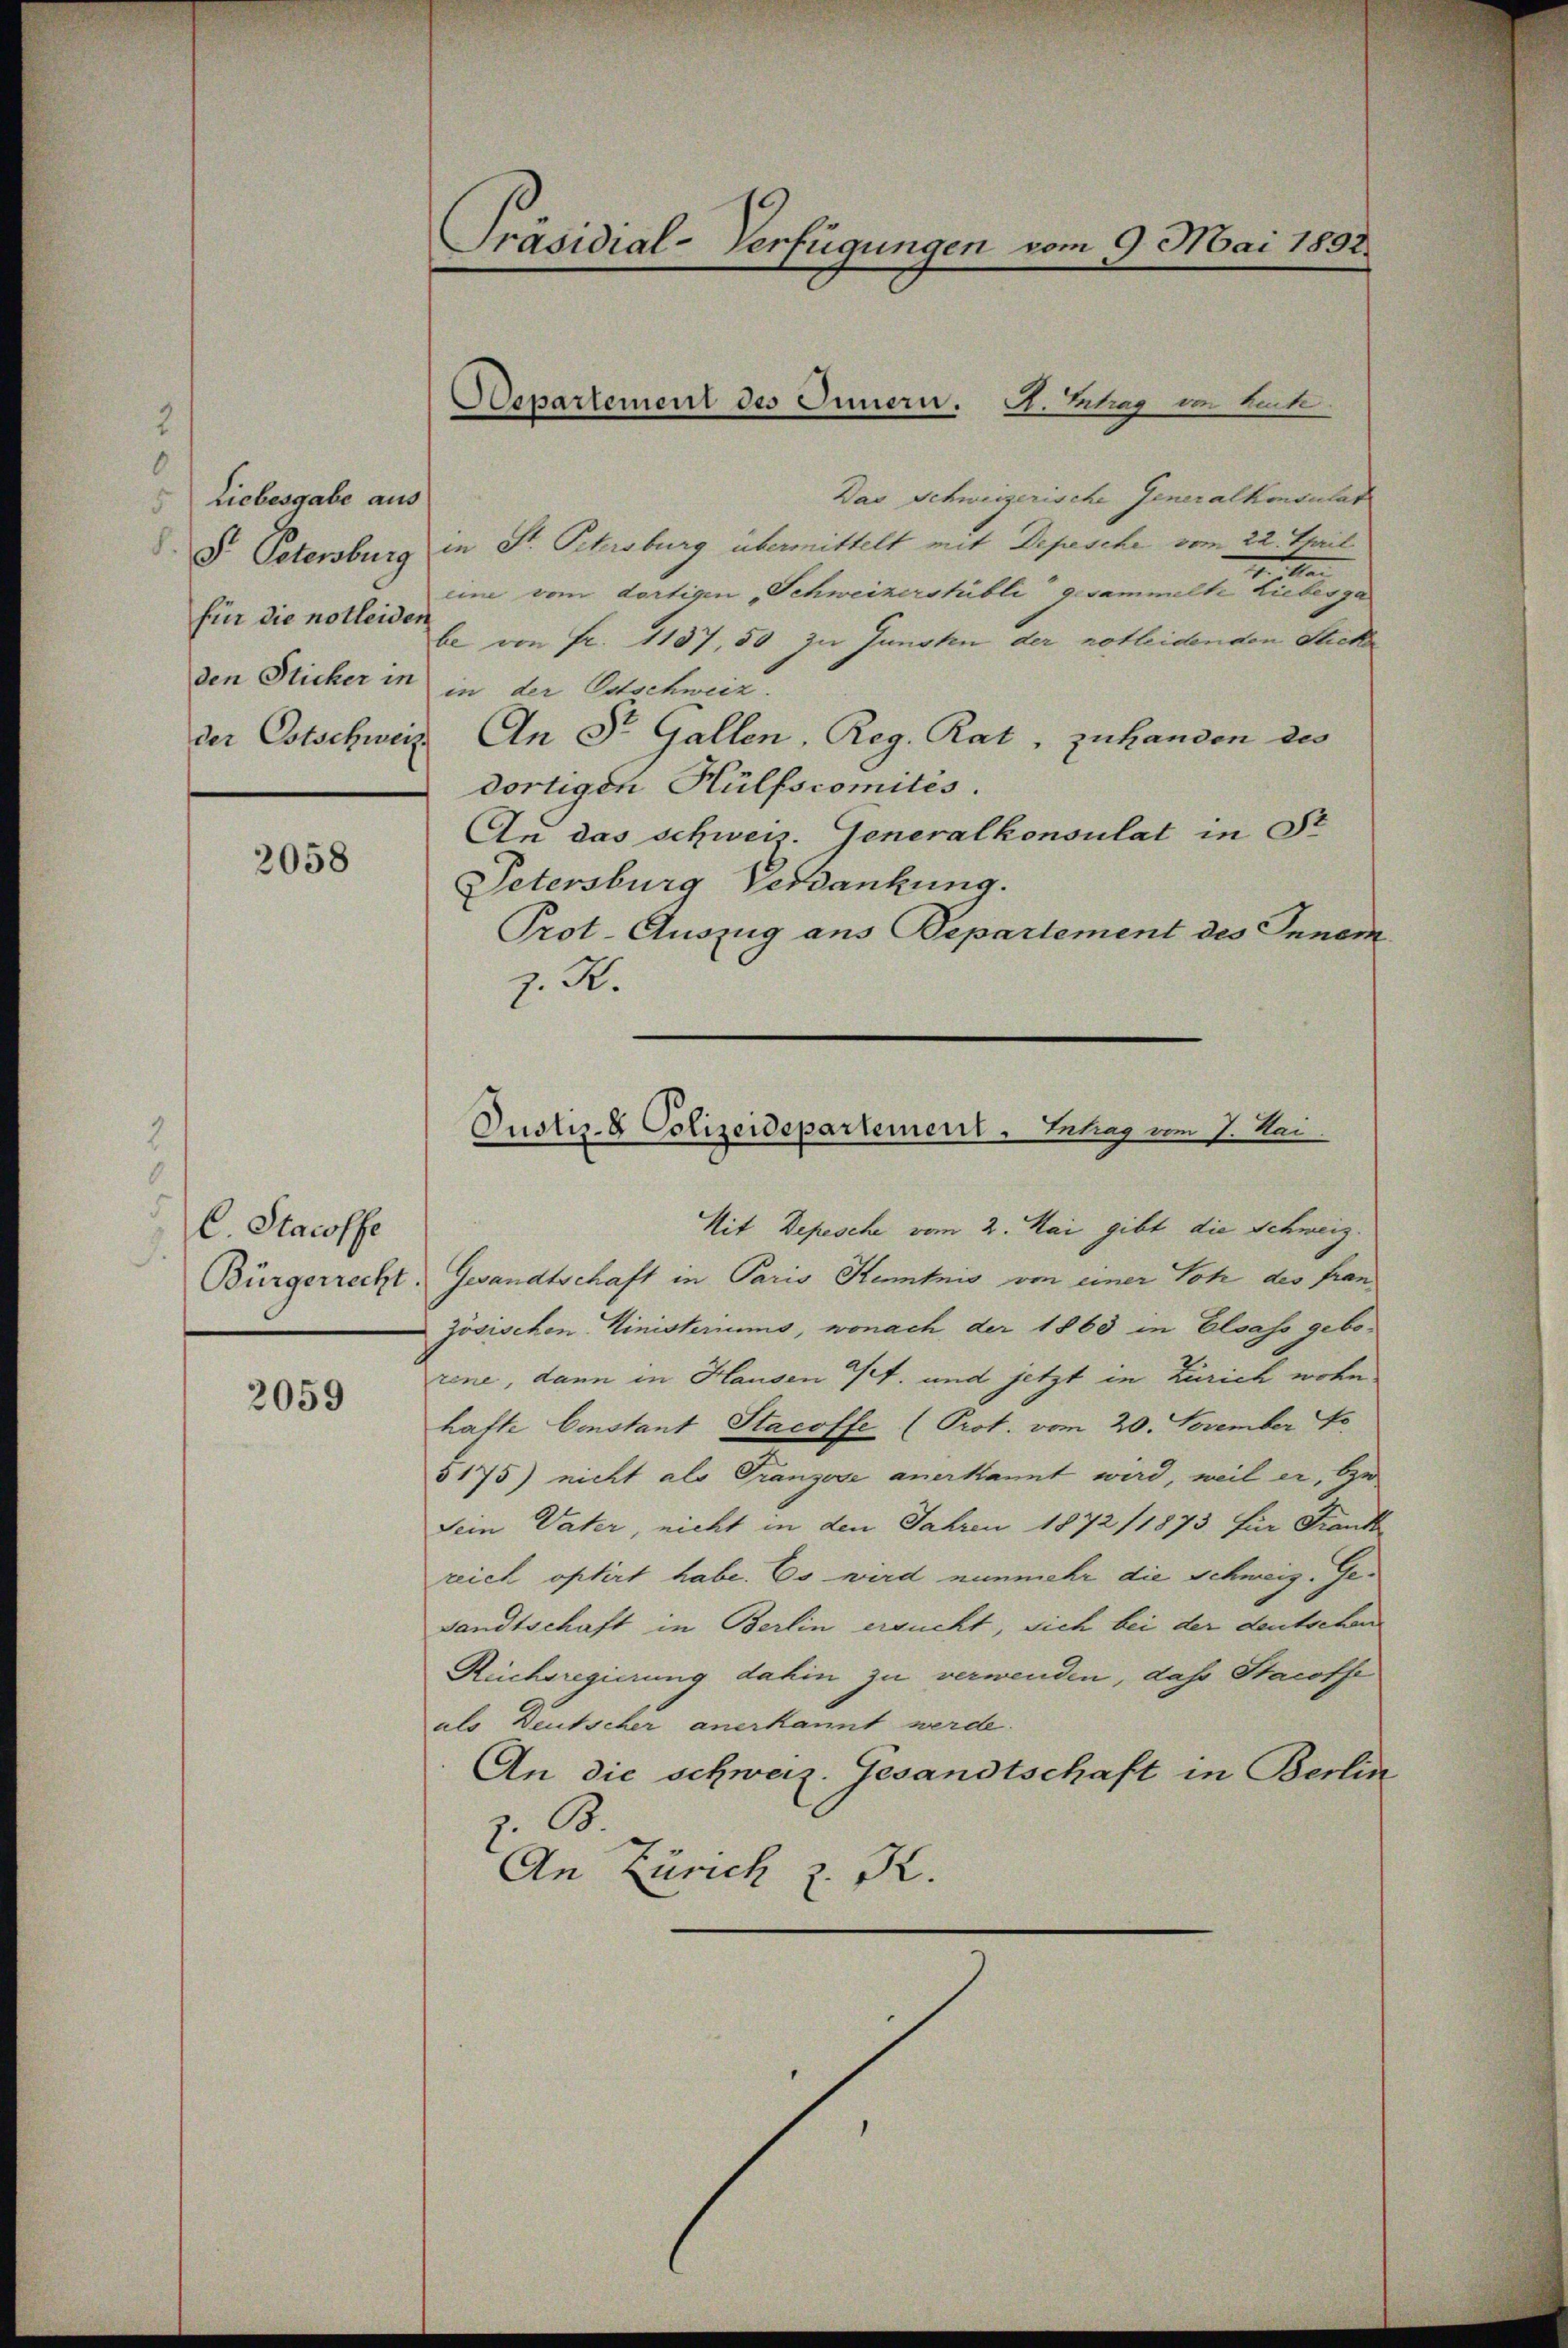
0
Liebesgabe aus
für die notleiden
den Sticher in
der Cotschweiz.

2058

E Staroffe
.
Bürgerrecht.

2059

Präsidial-Verfügungen vom 9. Mai 1892.

Departement des Innern. A. Betrag im leite

Das Schweizerische Generalkonsulat
V. Petersburg in St. Petersburg übermittelt mit Depesche vom 22. Teil
.
eine vom dortigen Schweizerstübli gesammelte Liebesga
be von Fr. 1137, 50 zu Gunsten der notleidenden Sticke
in der Ostschweiz.
An St. Gallen, Reg. Rat, zu handen des
dortigen Hülfscomités.
An das schweiz. Generalkonsulat in St
Petersburg Verdankung.
Prot. Auszug aus Departement des Inner
z. R.
Mit Depesche vom 2. Mai gibt die Schweiz.
Gesandtschaft in Paris Kenntnis von einer Tote des französischen Ministeriums, wonach, der 1863 in Elsass geborene, dann in Hausen St. und jetzt in Zürich wohn
hafte Constant Stacoffe (Prot. vom 20. November
5175) nicht als Franzose anerkannt wird, weil er, zu
Sein Vater, nicht in den Jahren 1872 (1873 für Frank
reich optirt habe. Es wird nunmehr die Schweiz. Gesandtschaft in Berlin ersucht, sich bei der deutschen
Ruchsregierung dahin zu verwenden, das Stacoffe
als Deutscher anerkannt werde.
An die schweiz. Gesandtschaft in Berlin
B.
An Zürich z. K.

Justiz- & Polizeidepartement - Ertrag vom 7. Mai.